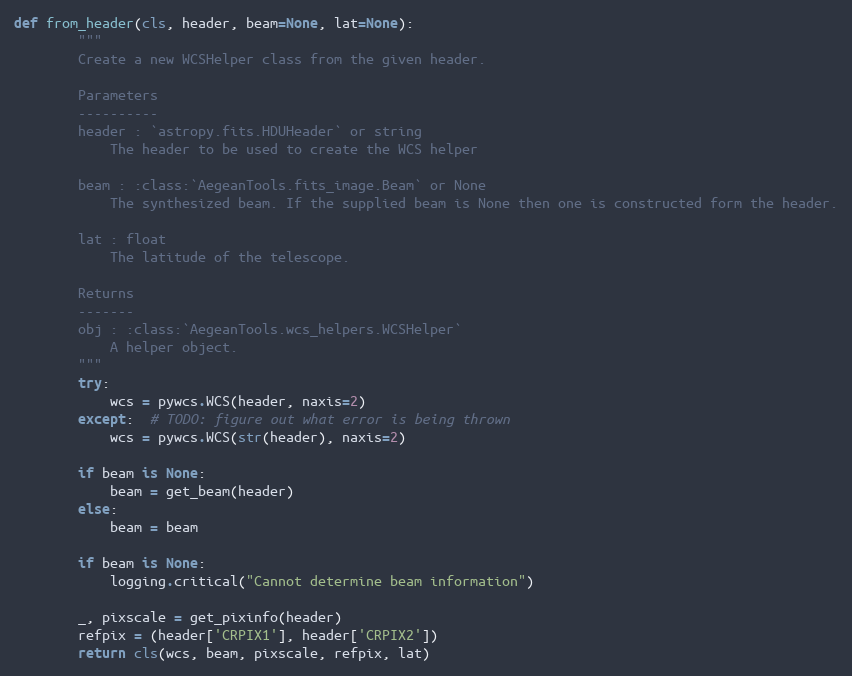
Language: Python
def from_header(cls, header, beam=None, lat=None):
        """
        Create a new WCSHelper class from the given header.

        Parameters
        ----------
        header : `astropy.fits.HDUHeader` or string
            The header to be used to create the WCS helper

        beam : :class:`AegeanTools.fits_image.Beam` or None
            The synthesized beam. If the supplied beam is None then one is constructed form the header.

        lat : float
            The latitude of the telescope.

        Returns
        -------
        obj : :class:`AegeanTools.wcs_helpers.WCSHelper`
            A helper object.
        """
        try:
            wcs = pywcs.WCS(header, naxis=2)
        except:  # TODO: figure out what error is being thrown
            wcs = pywcs.WCS(str(header), naxis=2)

        if beam is None:
            beam = get_beam(header)
        else:
            beam = beam

        if beam is None:
            logging.critical("Cannot determine beam information")

        _, pixscale = get_pixinfo(header)
        refpix = (header['CRPIX1'], header['CRPIX2'])
        return cls(wcs, beam, pixscale, refpix, lat)